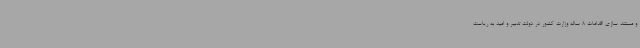
و مستند سازی اقدامات 8 ساله وزارت کشور در دولت تدبیر و امید به ریاست